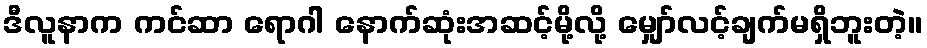
ဒီလူနာက ကင်ဆာ ရောဂါ နောက်ဆုံးအဆင့်မို့လို့ မျှော်လင့်ချက်မရှိဘူးတဲ့။